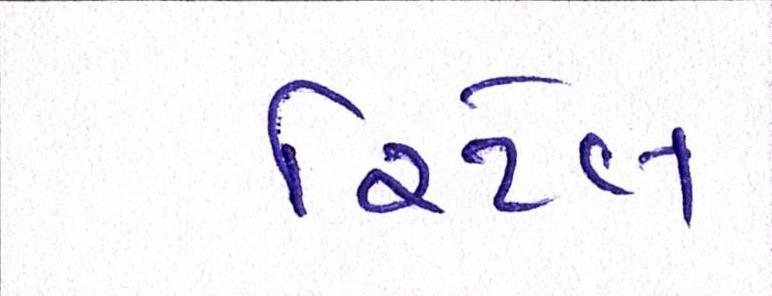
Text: રિટેલ